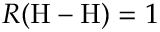
R ( \mathrm { H } - \mathrm { H } ) = 1